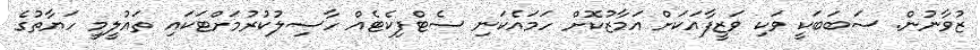
ޒުވާނުން. ސަބަބަކީ ވަކި ވަޒީފާއަކަށް އަމާޒުކޮށް ހަމައެކަނި ސެޓްފިކެޓެއް ހާސިލުކުރުމަށްޓަކައި ތައުލީމީ ހަޔާތުގެ